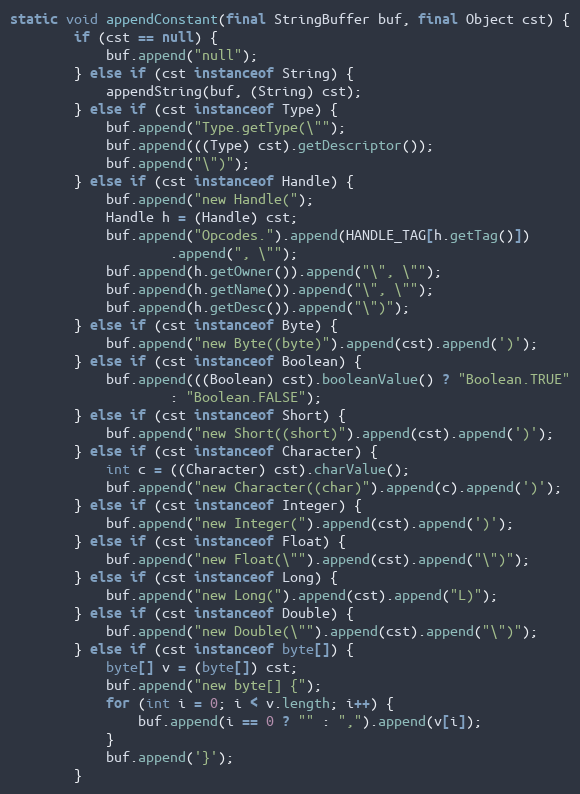
Language: Java
static void appendConstant(final StringBuffer buf, final Object cst) {
        if (cst == null) {
            buf.append("null");
        } else if (cst instanceof String) {
            appendString(buf, (String) cst);
        } else if (cst instanceof Type) {
            buf.append("Type.getType(\"");
            buf.append(((Type) cst).getDescriptor());
            buf.append("\")");
        } else if (cst instanceof Handle) {
            buf.append("new Handle(");
            Handle h = (Handle) cst;
            buf.append("Opcodes.").append(HANDLE_TAG[h.getTag()])
                    .append(", \"");
            buf.append(h.getOwner()).append("\", \"");
            buf.append(h.getName()).append("\", \"");
            buf.append(h.getDesc()).append("\")");
        } else if (cst instanceof Byte) {
            buf.append("new Byte((byte)").append(cst).append(')');
        } else if (cst instanceof Boolean) {
            buf.append(((Boolean) cst).booleanValue() ? "Boolean.TRUE"
                    : "Boolean.FALSE");
        } else if (cst instanceof Short) {
            buf.append("new Short((short)").append(cst).append(')');
        } else if (cst instanceof Character) {
            int c = ((Character) cst).charValue();
            buf.append("new Character((char)").append(c).append(')');
        } else if (cst instanceof Integer) {
            buf.append("new Integer(").append(cst).append(')');
        } else if (cst instanceof Float) {
            buf.append("new Float(\"").append(cst).append("\")");
        } else if (cst instanceof Long) {
            buf.append("new Long(").append(cst).append("L)");
        } else if (cst instanceof Double) {
            buf.append("new Double(\"").append(cst).append("\")");
        } else if (cst instanceof byte[]) {
            byte[] v = (byte[]) cst;
            buf.append("new byte[] {");
            for (int i = 0; i < v.length; i++) {
                buf.append(i == 0 ? "" : ",").append(v[i]);
            }
            buf.append('}');
        }